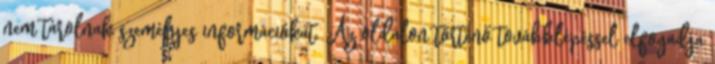
nem tárolnak személyes információkat. Az oldalon történő továbblépéssel elfogadja